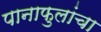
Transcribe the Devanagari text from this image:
पानाफुलांचा